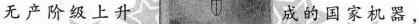
无产阶级上升 成的国家机器，